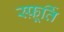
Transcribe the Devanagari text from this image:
स्फ़ूर्ति